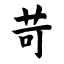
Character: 苛